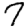
Digit: 7